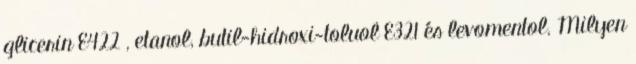
glicerin E422 , etanol, butil-hidroxi-toluol E321 és levomentol. Milyen